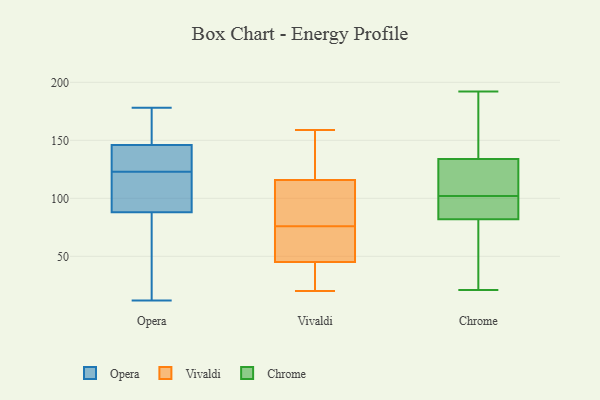
{"axis": {"x": "Gross Profit (USD K)", "y": "Value"}, "legend": ["Chrome", "Opera", "Vivaldi"], "data": [{"x": "", "y": 146, "type": "Opera"}, {"x": "", "y": 115, "type": "Opera"}, {"x": "", "y": 118, "type": "Opera"}, {"x": "", "y": 67, "type": "Opera"}, {"x": "", "y": 88, "type": "Opera"}, {"x": "", "y": 168, "type": "Opera"}, {"x": "", "y": 12, "type": "Opera"}, {"x": "", "y": 140, "type": "Opera"}, {"x": "", "y": 178, "type": "Opera"}, {"x": "", "y": 128, "type": "Opera"}, {"x": "", "y": 54, "type": "Vivaldi"}, {"x": "", "y": 152, "type": "Vivaldi"}, {"x": "", "y": 47, "type": "Vivaldi"}, {"x": "", "y": 89, "type": "Vivaldi"}, {"x": "", "y": 76, "type": "Vivaldi"}, {"x": "", "y": 67, "type": "Vivaldi"}, {"x": "", "y": 37, "type": "Vivaldi"}, {"x": "", "y": 42, "type": "Vivaldi"}, {"x": "", "y": 115, "type": "Vivaldi"}, {"x": "", "y": 118, "type": "Vivaldi"}, {"x": "", "y": 46, "type": "Vivaldi"}, {"x": "", "y": 20, "type": "Vivaldi"}, {"x": "", "y": 42, "type": "Vivaldi"}, {"x": "", "y": 101, "type": "Vivaldi"}, {"x": "", "y": 96, "type": "Vivaldi"}, {"x": "", "y": 140, "type": "Vivaldi"}, {"x": "", "y": 159, "type": "Vivaldi"}, {"x": "", "y": 49, "type": "Chrome"}, {"x": "", "y": 192, "type": "Chrome"}, {"x": "", "y": 58, "type": "Chrome"}, {"x": "", "y": 178, "type": "Chrome"}, {"x": "", "y": 100, "type": "Chrome"}, {"x": "", "y": 104, "type": "Chrome"}, {"x": "", "y": 82, "type": "Chrome"}, {"x": "", "y": 134, "type": "Chrome"}, {"x": "", "y": 131, "type": "Chrome"}, {"x": "", "y": 29, "type": "Chrome"}, {"x": "", "y": 145, "type": "Chrome"}, {"x": "", "y": 21, "type": "Chrome"}, {"x": "", "y": 115, "type": "Chrome"}, {"x": "", "y": 96, "type": "Chrome"}, {"x": "", "y": 160, "type": "Chrome"}, {"x": "", "y": 98, "type": "Chrome"}, {"x": "", "y": 127, "type": "Chrome"}, {"x": "", "y": 85, "type": "Chrome"}]}